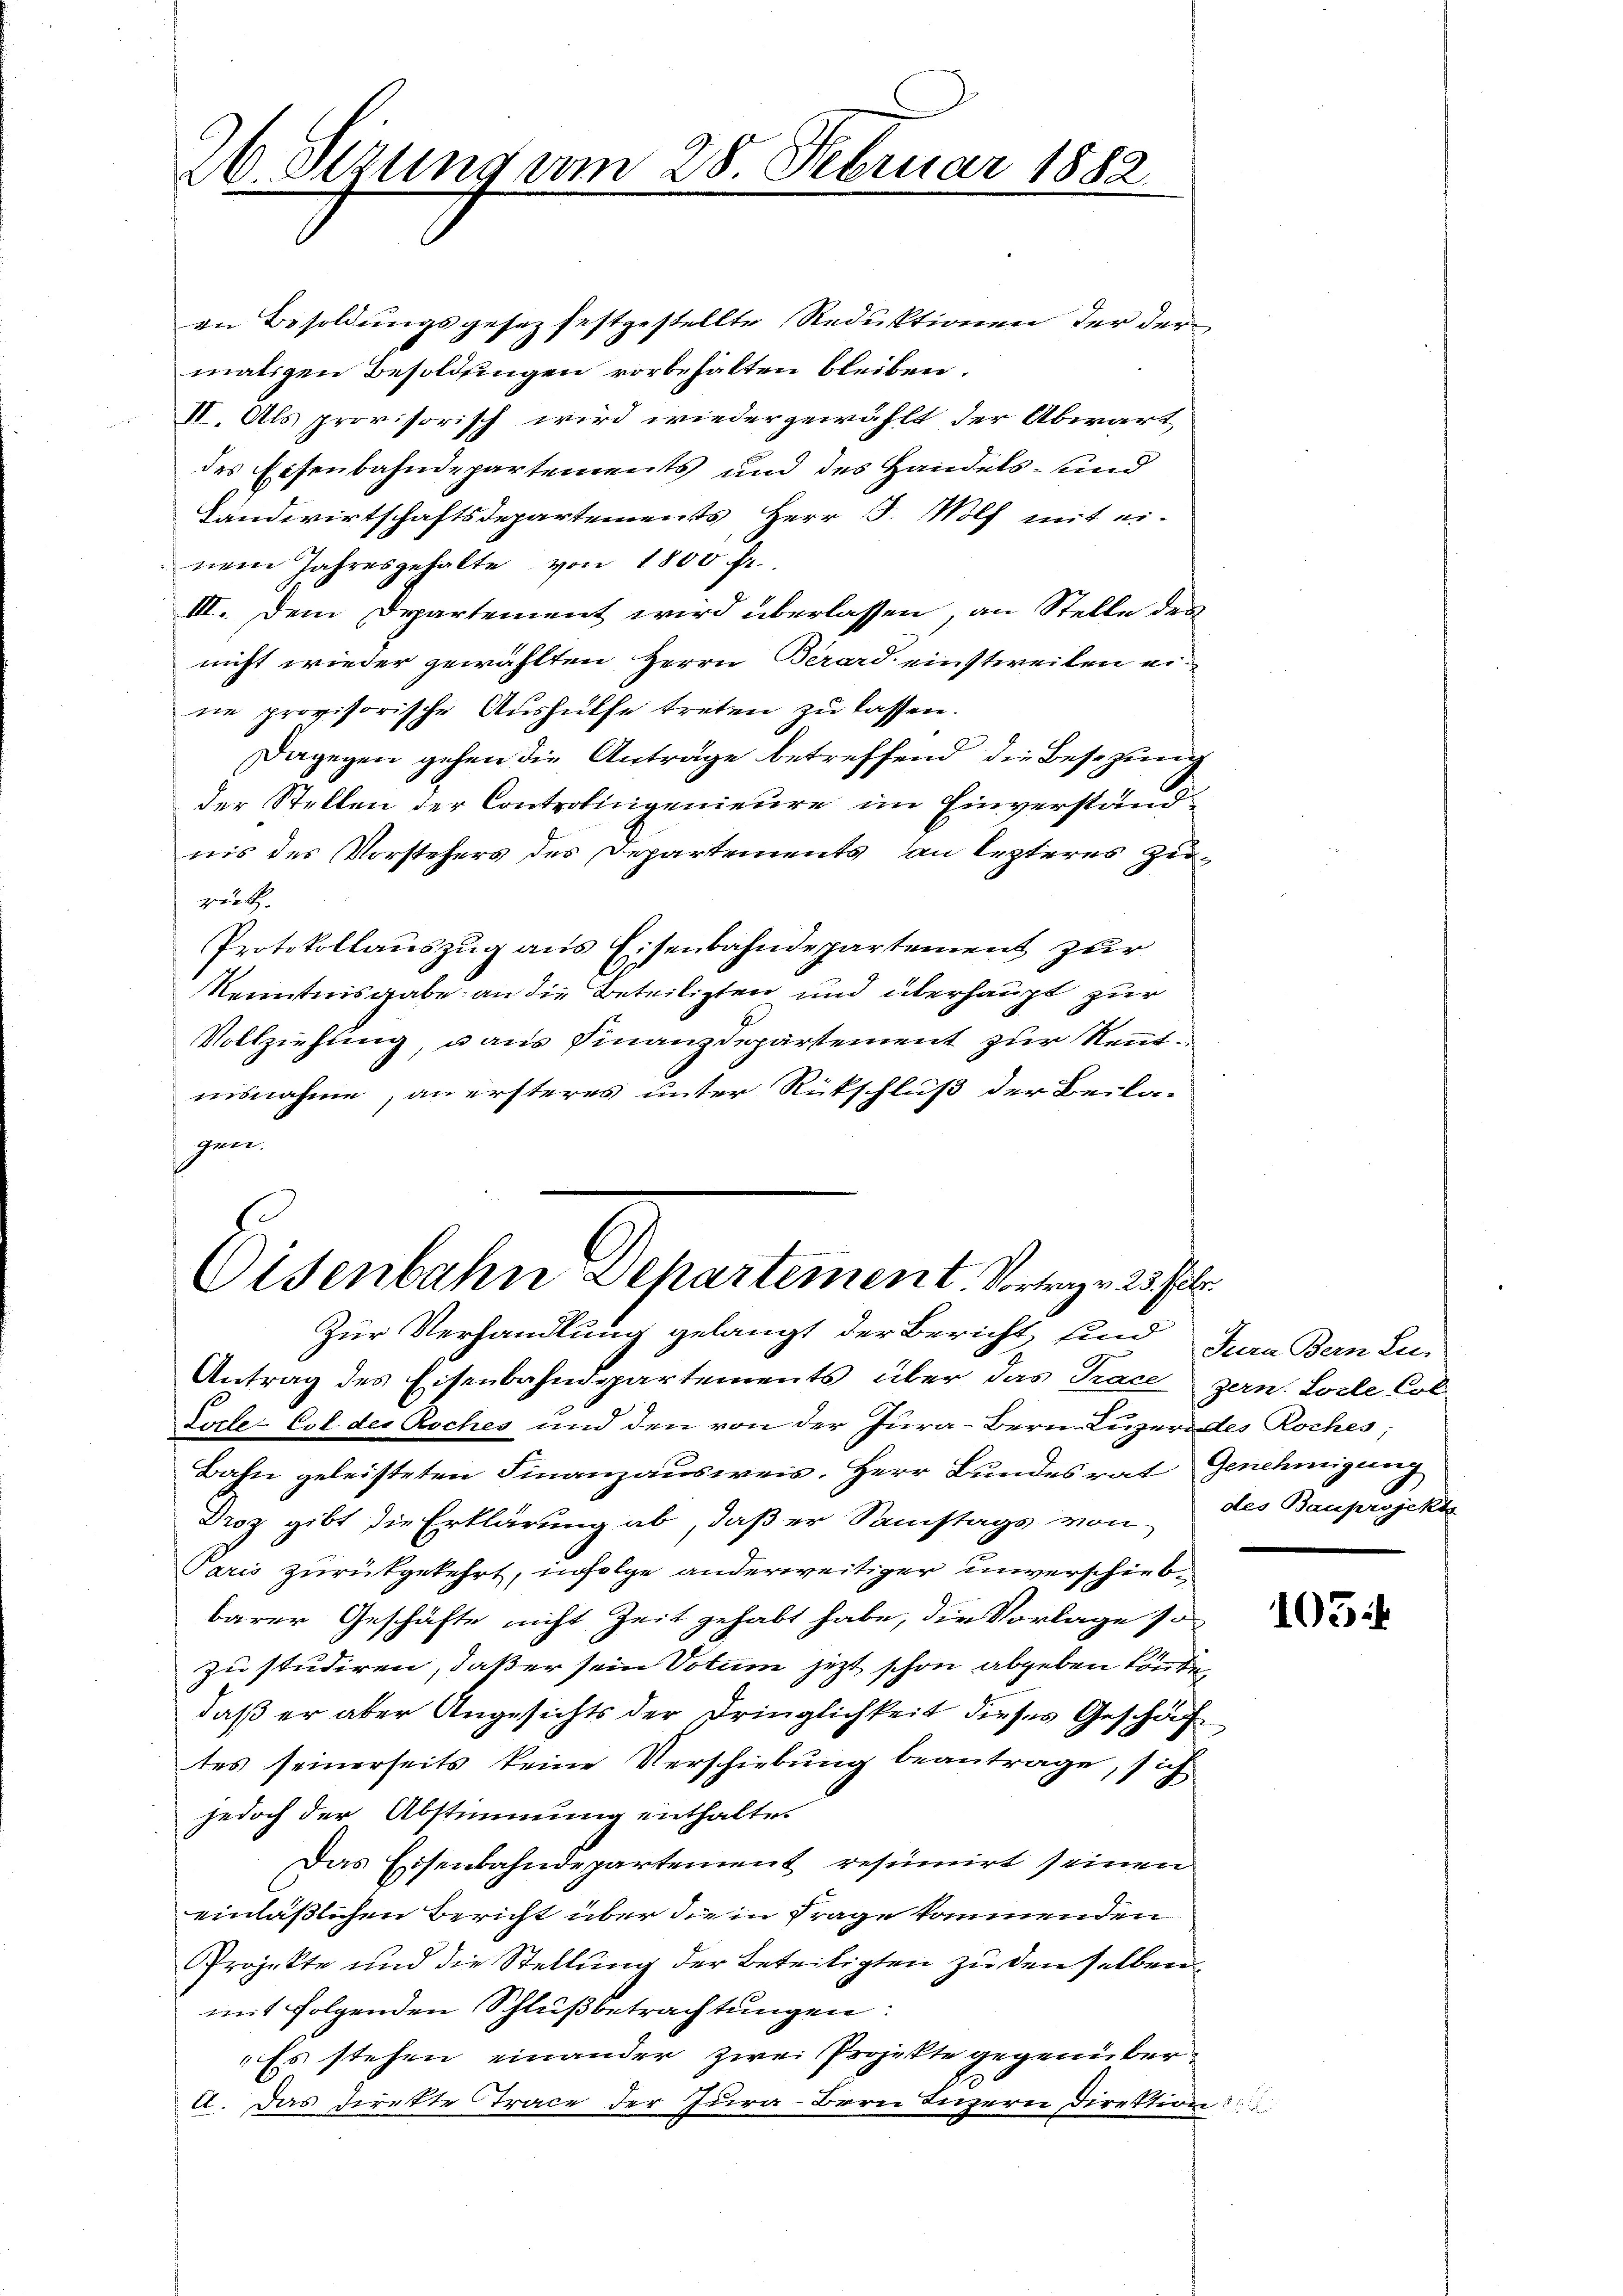
26 Sezung am 28. Februar 1882.

en Besoldungsgesez festgestellte Reduktionen der der
maligen Besoldungen vorbehalten bleiben.
II. Als provisorisch wird wiedergewählt der Abwart
des Eisenbahndepartements und des Handels- und
Landwirtschaftsdepartements, Herr J. Wolf mit einem Jahresgehalte von 1800 fr.
III. Dem Departement wird überlassen, an Stelle des
nicht wieder gewählten Herrn Berard einstweilen eine provisorische Aushülfe treten zu lassen.
Dagegen gehen die Anträge betreffend die Besetzung
der Stellen der Controlinigenieure im Einverständnis des Vorstehers des Departements an lezteres Zurück.
Protokollauszug aus Eisenbahndepartement zur
Kenntnisgabe an die Beteiligten und überhaupt zur
Vollziehung, dans Finanzdepartement zur Rentnisnahme, an ersteres unter Rückschluß der Beilaper

Oisenbahn Departement Vortrag v. 23. Febr.
Zur Verhandlung gelangt der Bericht und Juan Bern Zu-

Antrag des Eisenbahndepartements über das Trace gern. Solle Col
Tocte-Col des Roches und den von der Jura-Bern-Luzerndes Roches;
Bahn geleisteten Finanzausweis. Herr Bundesrat Genehmigung
Droz gibt die Erklärung ab, daß er Samstags von des Bauprojekt
Paris zurükgekehrt, infolge anderweitiger unverschiebbarer Geschäfte nicht Zeit gehabt habe, die Vorlage so
zu studiren, daß er sein Votum jetzt schon abgeben könnte,
daß er aber Angesichts der Dringlichkeit dieses Geschäftes seinerseits keine Verschiebung beantrage, sich
jedoch der Abstimmung enthalten
Das Eisenbahndepartement resümirt seinen
einläßlichen Bericht über die in Frage kommenden
Projekte und die Stellung der Beteiligten zu den selben
mit folgenden Schlußbetrachtungen:
„Es stehen einander zwei Projekte gegenüber
a. Das Direkte Trace der Jura-Berne Ingern Direktion

103